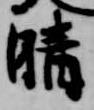
晴